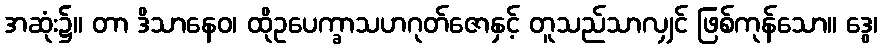
အဆုံး၌။ တာ ဒိသာနေဝ၊ ထိုဥပေက္ခာသဟဂုတ်ဇောနှင့် တူသည်သာလျှင် ဖြစ်ကုန်သော။ ဒွေ၊